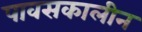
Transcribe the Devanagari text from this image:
पावसकालीन